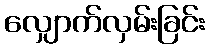
လျှောက်လှမ်းခြင်း